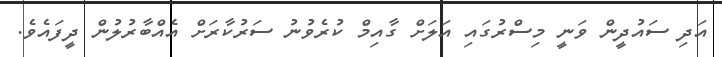
އަދި ސައުދީން ވަނީ މިސްރުގައި އަލަށް ގާއިމް ކުރެވުނު ސަރުކާރަށް އެއްބާރުލުން ދީފައެވެ.